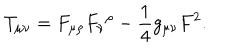
LaTeX: T _ { \mu \nu } = F _ { \mu \rho } { F _ { \nu } } ^ { \rho } - { \frac { 1 } { 4 } } g _ { \mu \nu } F ^ { 2 } .